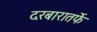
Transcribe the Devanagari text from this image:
दरबारातर्फे